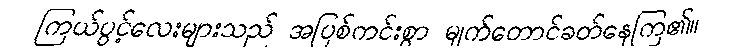
ကြယ်ပွင့်လေးများသည် အပြစ်ကင်းစွာ မျက်တောင်ခတ်နေကြ၏။